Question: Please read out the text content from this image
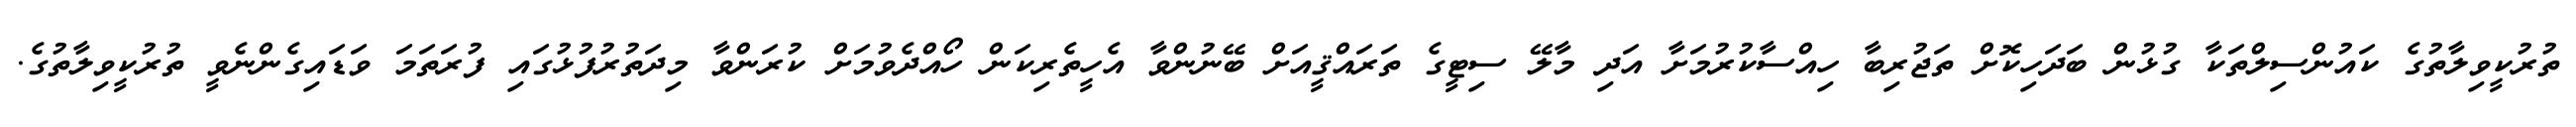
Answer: ތުރުކީވިލާތުގެ ކައުންސިލްތަކާ ގުޅުން ބަދަހިކޮށް ތަޖުރިބާ ހިއްސާކުރުމަށާ އަދި މާލޭ ސިޓީގެ ތަރައްޤީއަށް ބޭނުންވާ އެހީތެރިކަން ހޯއްދެވުމަށް ކުރަންވާ މިދަތުރުފުޅުގައި ފުރަތަމަ ވަޑައިގެންނެވީ ތުރުކީވިލާތުގެ.